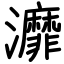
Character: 灖